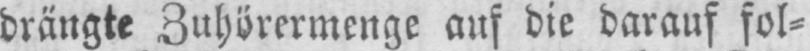
drängte Zuhörermenge auf die darauf fol⸗